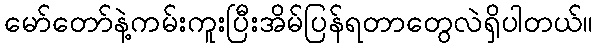
မော်တော်နဲ့ကမ်းကူးပြီးအိမ်ပြန်ရတာတွေလဲရှိပါတယ်။